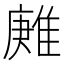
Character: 𨿶